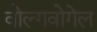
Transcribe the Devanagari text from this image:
वोल्गवोगेल